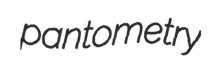
pantometry